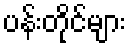
ပန်းတိုင်များ